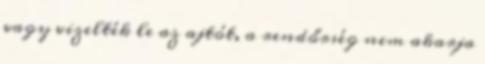
vagy vizelték le az ajtót, a rendőrség nem akarja